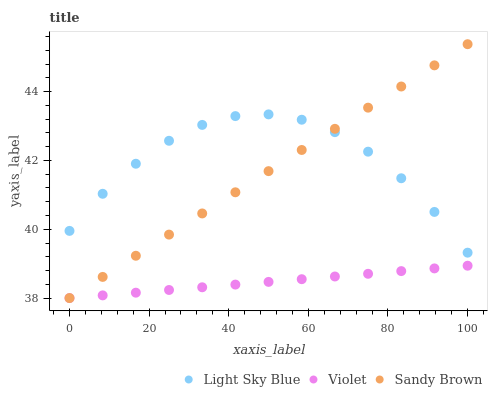
| xaxis_label | Light Sky Blue | Violet | Sandy Brown |
 | --- | --- | --- | --- |
 | 0 | 40 | 38 | 38 |
 | 8.33 | 41 | 38.1 | 38.6 |
 | 16.7 | 41.9 | 38.2 | 39.2 |
 | 25 | 42.6 | 38.2 | 39.8 |
 | 33.3 | 43 | 38.3 | 40.5 |
 | 41.7 | 43.3 | 38.4 | 41.1 |
 | 50 | 43.3 | 38.5 | 41.7 |
 | 58.3 | 43.2 | 38.5 | 42.3 |
 | 66.7 | 42.8 | 38.6 | 42.9 |
 | 75 | 42.3 | 38.7 | 43.5 |
 | 83.3 | 41.5 | 38.8 | 44.2 |
 | 91.7 | 40.5 | 38.9 | 44.8 |
 | 100 | 39.3 | 38.9 | 45.4 |